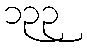
၁၃၃